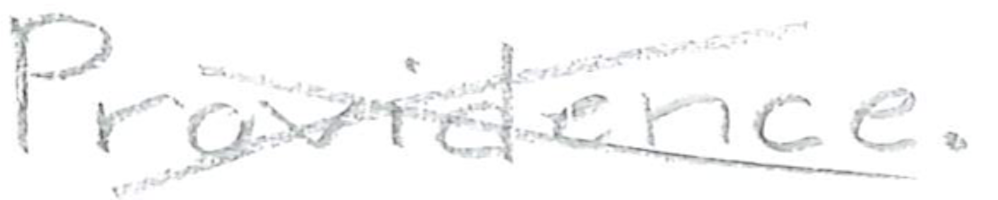
Text: Providence.
Cross-out: cross
Writing tool: pencil